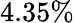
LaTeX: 4.35\%